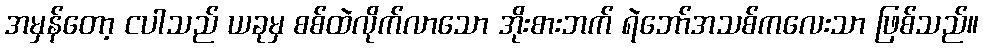
အမှန်တော့ ငပါသည် ယခုမှ စစ်ထဲလိုက်လာသော အိုးစားဘက် ရဲဘော်အသစ်ကလေးသာ ဖြစ်သည်။